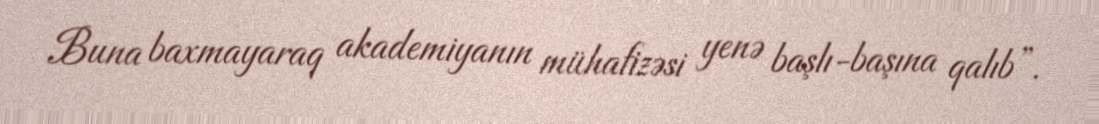
Buna baxmayaraq akademiyanın mühafizəsi yenə başlı-başına qalıb”.